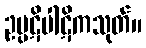
ဥပ္ပဋိပါဋိကသုတ်။